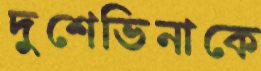
দুশেভিনাকে